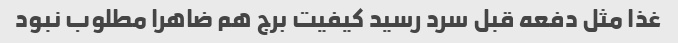
غذا مثل دفعه قبل سرد رسید کیفیت برج هم ضاهرا مطلوب نبود